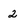
Character: 2